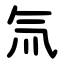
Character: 氚